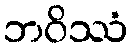
ဘဝိဿံ